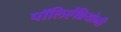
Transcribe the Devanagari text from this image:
पॉलिएंब्रियोनी